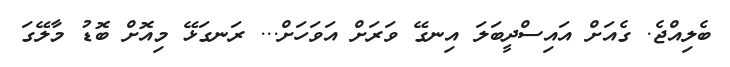
ބެލިއްޖެ. ގެއަށް އައިސްދީބަލަ އިނގޭ ވަރަށް އަވަހަށް... ރަނގަޅޭ މިއޮށް ބޮޑު މާލޭގަ